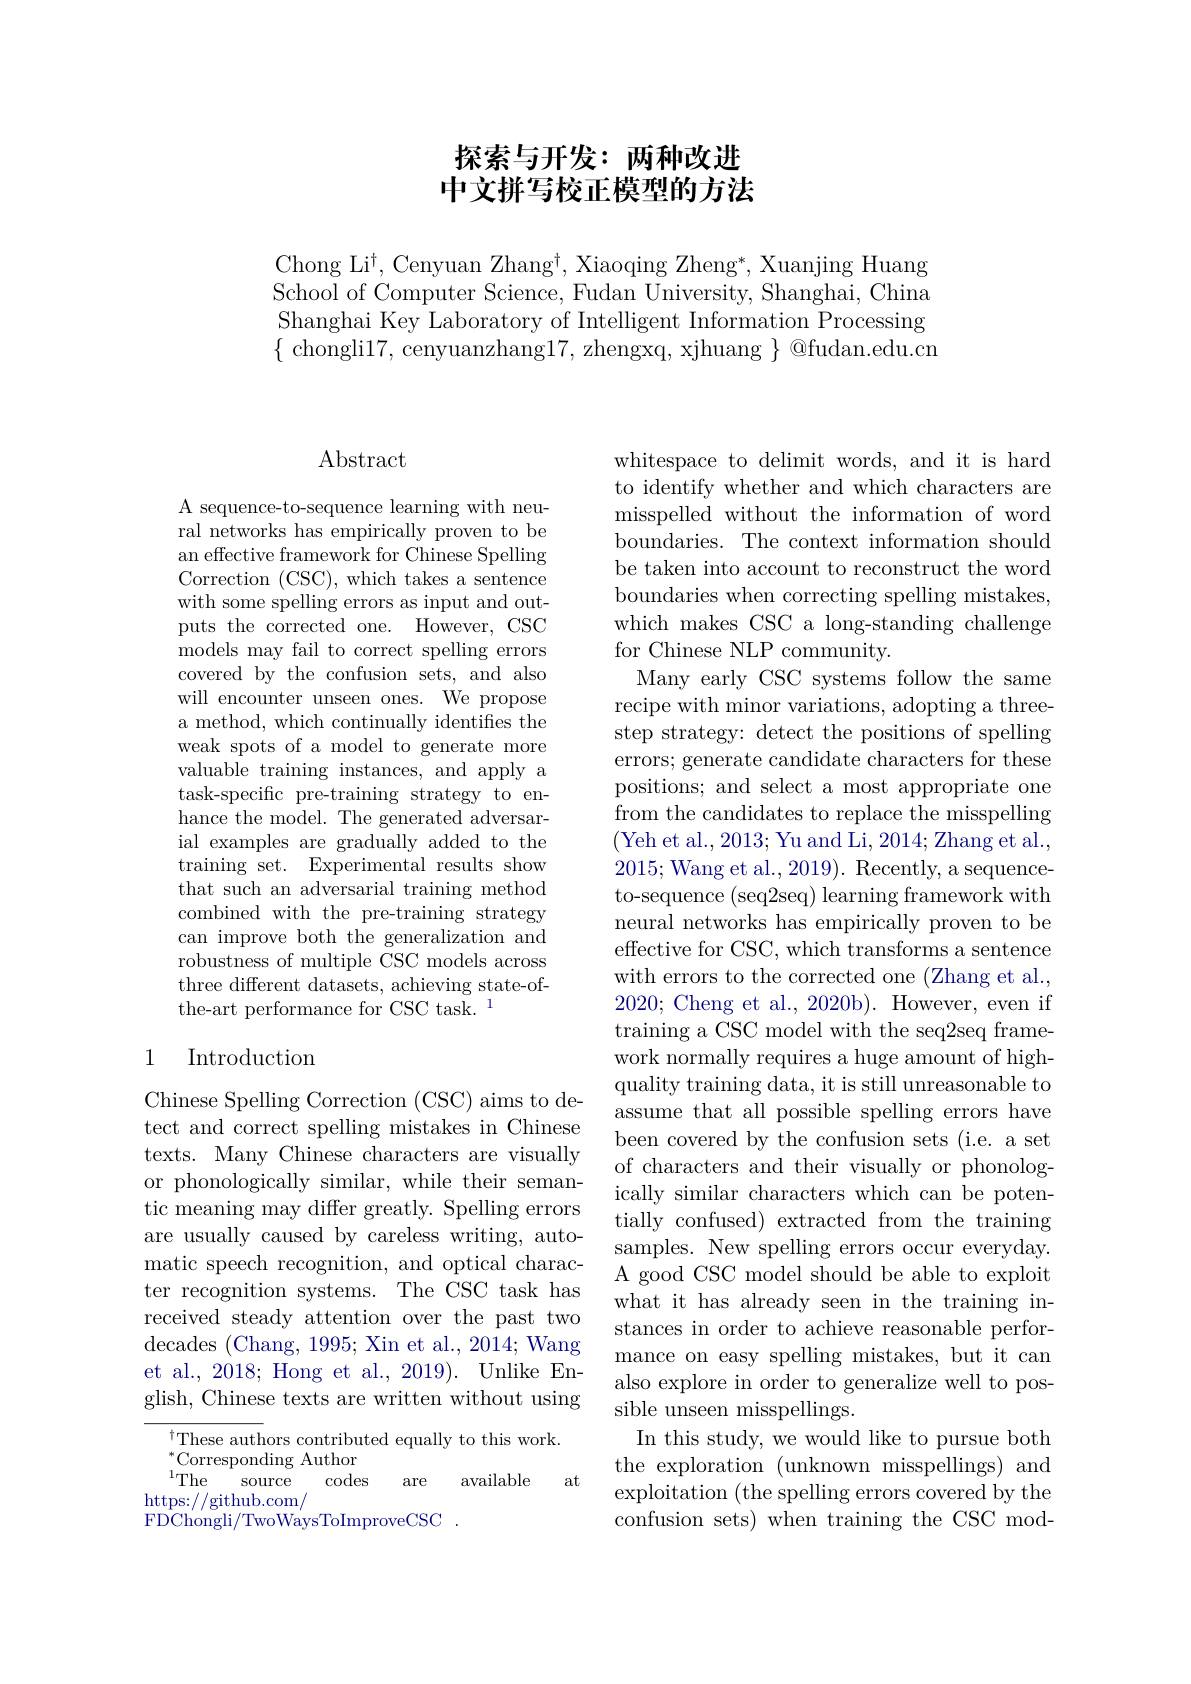
# 探索与开发：两种改进中文拼写校正模型的方法

Chong Li$^\dagger$, Cenyuan Zhang$^\dagger$, Xiaoqing Zheng*, Xuanjing Huang School of Computer Science, Fudan University, Shanghai, China Shanghai Key Laboratory of Intelligent Information Processing $\{$ chongli17, cenyuanzhang17,zhengxq, xjhuang $\}$ @fudan.edu.cn

# $\operatorname{Abstract}$

A sequence-to-sequence learning with neural networks has empirically proven to be an effective framework for Chinese Spelling Correction (CSC), which takes a sentence with some spelling errors as input and outputs the corrected one. However, CSC models may fail to correct spelling errors covered by the confusion sets, and also will encounter unseen ones. We propose a method, which continually identifies the weak spots of a model to generate more valuable training instances, and apply a task-specific pre-training strategy to enhance the model. The generated adversarial examples are gradually added to the training set. Experimental results show that such an adversarial training method combined with the pre-training strategy can improve both the generalization and robustness of multiple CSC models across three different datasets, achieving state-ofthe-art performance for CSC task. 1

### 1 Introduction

Chinese Spelling Correction (CSC) aims to detect and correct spelling mistakes in Chinese texts. Many Chinese characters are visually or phonologically similar, while their semantic meaning may differ greatly. Spelling errors are usually caused by careless writing, automatic speech recognition, and optical character recognition systems. The CSC task has received steady attention over the past two decades (Chang, 1995; Xin et al., 2014; Wang et al., 2018; Hong et al., 2019). Unlike English, Chinese texts are written without using

at

$^{\dagger}$These authors contributed equally to this work.
${}^{*}$Corresponding Author
$^{1}$The$^{\text{1}}$source
codes
available
are
$\operatorname{https:}//\operatorname{github.com/}$
FDChongli/TwoWaysToImproveCSC

whitespace to delimit words, and it is hard to identify whether and which characters are misspelled without the information of word boundaries. The context information should be taken into account to reconstruct the word boundaries when correcting spelling mistakes, which makes CSC a long-standing challenge for Chinese NLP community.
Many early CSC systems follow the same recipe with minor variations, adopting a threestep strategy: detect the positions of spelling errors; generate candidate characters for these positions; and select a most appropriate one from the candidates to replace the misspelling (Yeh et al., 2013; Yu and Li, 2014; Zhang et al., 2015; Wang et al., 2019). Recently, a sequenceto-sequence (seq2seq) learning framework with neural networks has empirically proven to be effective for CSC, which transforms a sentence with errors to the corrected one (Zhang et al., 2020; Cheng et al., 2020b). However, even if training a CSC model with the seq2seq framework normally requires a huge amount of highquality training data, it is still unreasonable to assume that all possible spelling errors have been covered by the confusion sets (i.e. a set of characters and their visually or phonologically similar characters which can be potentially confused) extracted from the training samples. New spelling errors occur everyday. A good CSC model should be able to exploit what it has already seen in the training instances in order to achieve reasonable performance on easy spelling mistakes, but it can also explore in order to generalize well to possible unseen misspellings.
In this study, we would like to pursue both the exploration (unknown misspellings) and exploitation (the spelling errors covered by the confusion sets) when training the CSC mod-